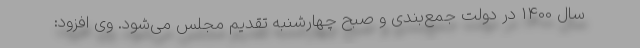
سال 1400 در دولت جمع‌بندی و صبح چهارشنبه تقدیم مجلس می‌شود. وی افزود: